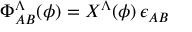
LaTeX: \Phi _ { A B } ^ { \Lambda } ( \phi ) = X ^ { \Lambda } ( \phi ) \, \epsilon _ { A B }